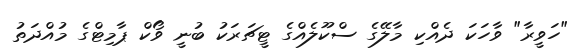
"ހަވީރާ" ވާހަކަ ދެއްކި މާލޭގެ ސްކޫލެއްގެ ޓީޗަރަކު ބުނީ ވޯކް ޕާމިޓްގެ މުއްދަތު